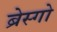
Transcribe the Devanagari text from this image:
ब्रेस्गो